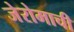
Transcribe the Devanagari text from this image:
जेरोमाची